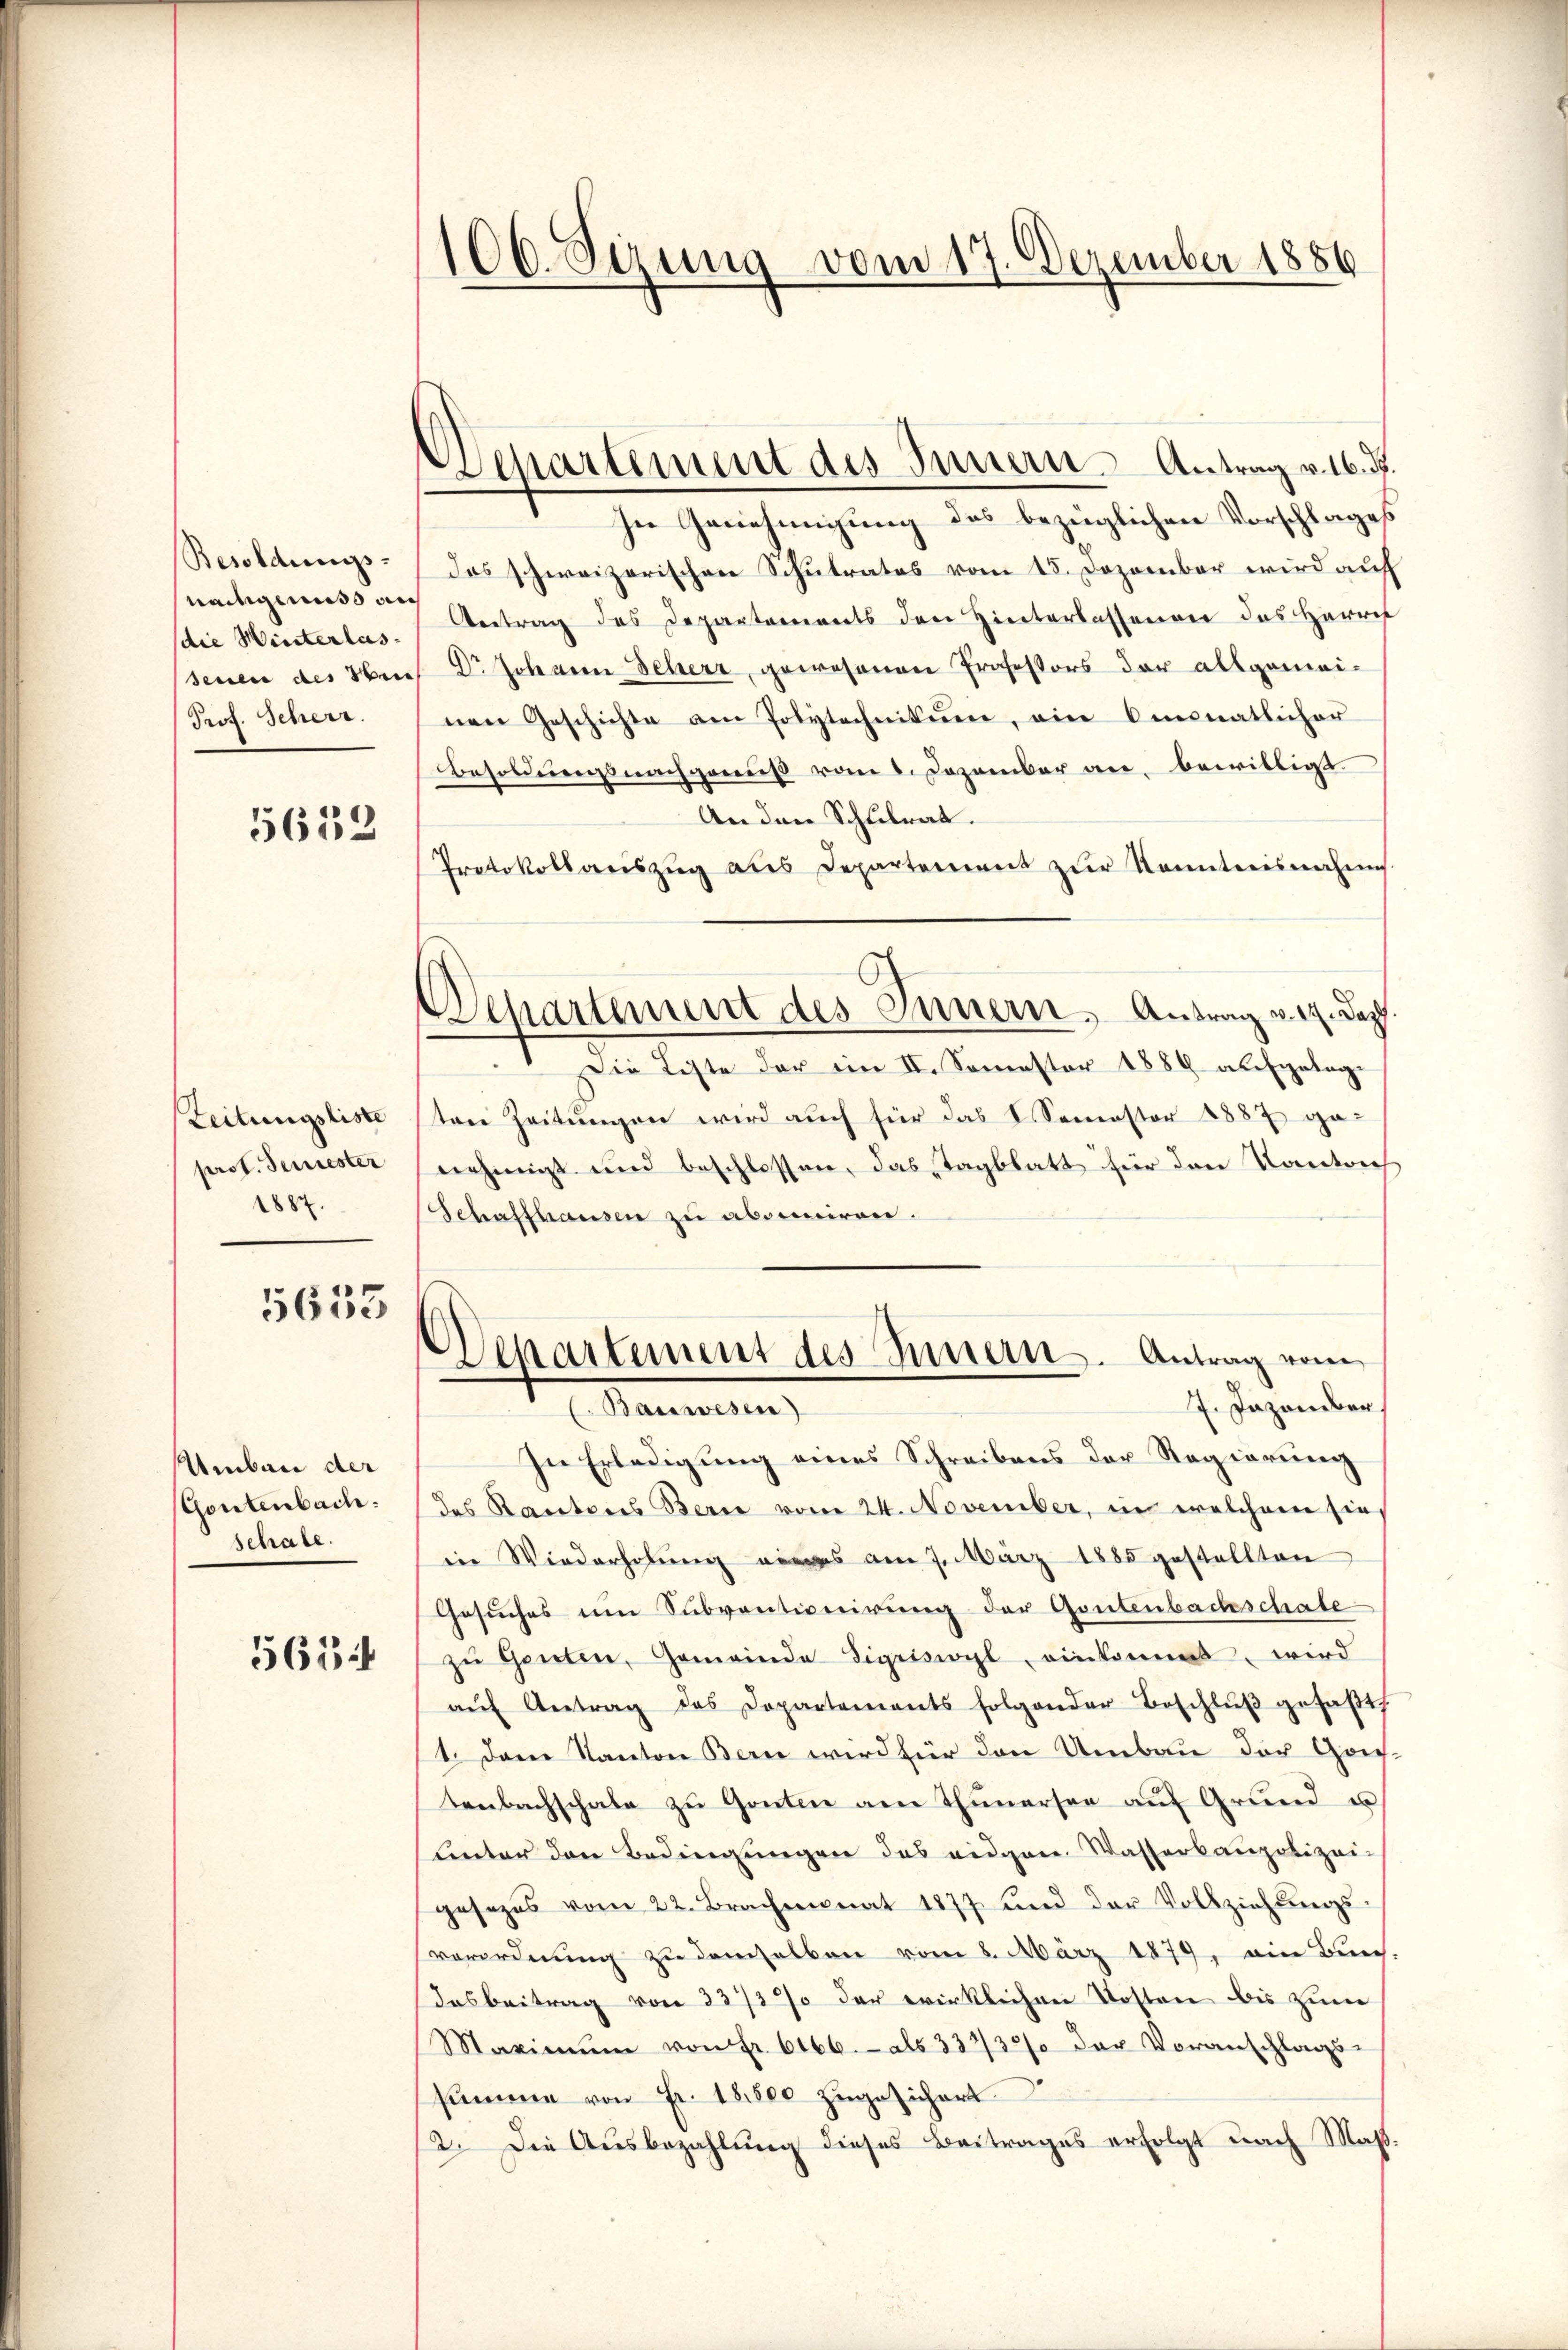
Besoldungs-
nachgenuss auch
(die Winterlassenen des Obere
Prof. Schert.

5633

Zeitungsliste
prof. Feriester
1882.

5633

Umbau der
(Gontenbach.
schale.

361

106. Sezung vom 17. Dezember 1886

Departement des Innern Antrag v. 16. ds.

Departement des Innern, Antrag vor. Dag

In Genehmigung des bezüglichen Vorschlages
das schweizerischen Schulrates vom 15. Dezember wird auf
Antrag des Departements den Hinterlassenen des Herrn
Dr Johann Seherr gewesenen Professors der allgemeinen Geschichte am Polytechnikum, ein Omonatlicher
Besoldungsnachgenuß vom 1. Dezember an, bewilligt.
An den Schulrat.
Protokoll aŭszŭg aŭs Departement zŭr Kenntnisnahms.
Die Liste der im II. Semester 1889 aufgetagter Zeitungen wird auch für das V. Semester 1887 ge-
nehmigt und beschlossen, das Tagblatt für den Kantrich
Schaffhausen zu absentiren.
Departement des Innern. Antrag vom
7. Dezember
(Bauwesen)
In Erledigung eines Schreibens der Regierung
des Kantons Bern vom 24. November, in welchem sie
in Wiederholung eines am 7. März 1885 gestellten
Gesuches um Subventionirung der Gontenbachschale
zŭ Ganten, Gemeinde Sigriswyl, einkommt, wird
aŭf Antrag des Departements folgender Beschlŭβ gefaβt.
1. Dem Kanton Bern wird für den Umbau der Gartenbachschale zŭ Gonten am Thunersee aŭf Grund u
linter den Bedingungen das eidgen. Wasserbaupolizei-
gesezes vom 22. Brachmonat 1877 und der Vollziehŭngs-
verordnung zu demselben vom 8. März 1879, ein Bun-
Dasbeitrag von 33/3% der wirklichen Kosten bis zum
Maximŭm von Fr. 6166.- als 33733/ der Voranschlags-
summe von Fr. 18,800 zugesichert
2. Die Ausbezahlung dieses Beitrages erfolgt nach Maß¬